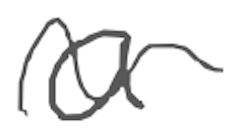
Text: a
Cross-out: wave
Writing tool: digital_gray